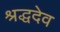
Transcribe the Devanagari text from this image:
श्रद्धदेव